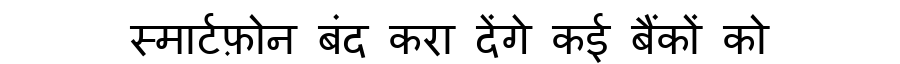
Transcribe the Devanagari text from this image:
स्मार्टफ़ोन बंद करा देंगे कई बैंकों को